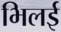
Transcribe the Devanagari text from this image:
भिलई